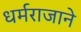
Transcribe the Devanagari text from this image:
धर्मराजाने